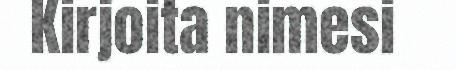
Kirjoita nimesi